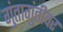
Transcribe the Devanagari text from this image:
गुंतागुंतीवर